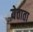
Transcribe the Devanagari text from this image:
येताता